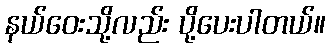
နယ်ဝေးသို့လည်း ပို့ပေးပါတယ်။